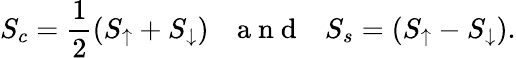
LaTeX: S_{c}=\frac{1}{2}\left(S_{\uparrow}+S_{\downarrow}\right)~~~\mathrm{~a~n~d~}~~~S_{s}=\left(S_{\uparrow}-S_{\downarrow}\right).